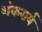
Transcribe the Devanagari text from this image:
शंकरार्य